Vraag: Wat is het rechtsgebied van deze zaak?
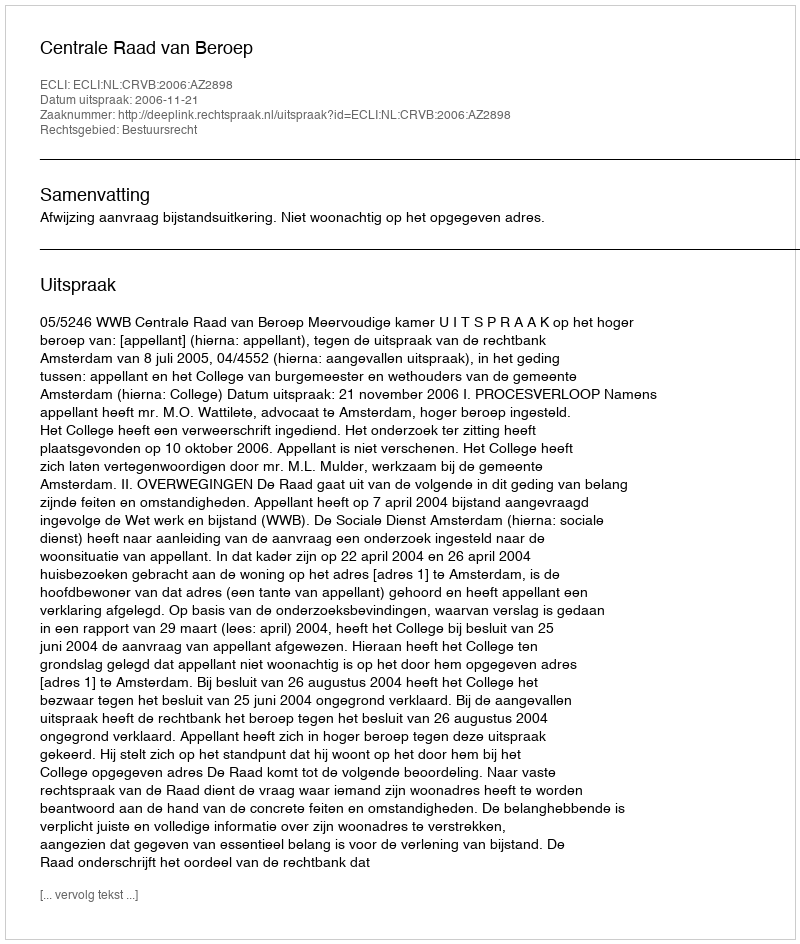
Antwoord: Bestuursrecht